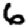
Digit: 6